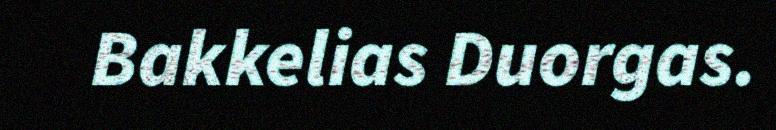
Bakkelias Duorgas.